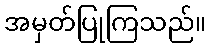
အမှတ်ပြုကြသည်။